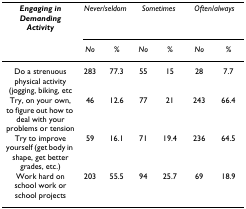
<table><thead><tr><td><b><i>Engaging in Demanding Activity</i></b></td><td colspan="2"><b><i>Never/seldom</i></b></td><td colspan="2"><b><i>Sometimes</i></b></td><td colspan="2"><b><i>Often/always</i></b></td></tr><tr><td></td><td><b><i>No</i></b></td><td><b><i>%</i></b></td><td><b><i>No</i></b></td><td><b><i>%</i></b></td><td><b><i>No</i></b></td><td><b><i>%</i></b></td></tr></thead><tbody><tr><td>Do a strenuous physical activity (jogging, biking, etc</td><td>283</td><td>77.3</td><td>55</td><td>15</td><td>28</td><td>7.7</td></tr><tr><td>Try, on your own, to figure out how to deal with your problems or tension</td><td>46</td><td>12.6</td><td>77</td><td>21</td><td>243</td><td>66.4</td></tr><tr><td>Try to improve yourself (get body in shape, get better grades, etc.)</td><td>59</td><td>16.1</td><td>71</td><td>19.4</td><td>236</td><td>64.5</td></tr><tr><td>Work hard on school work or school projects</td><td>203</td><td>55.5</td><td>94</td><td>25.7</td><td>69</td><td>18.9</td></tr></tbody></table>